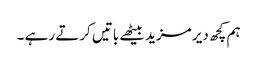
ہم کچھ دیر مزید بیٹھے باتیں کرتے رہے ۔